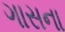
ગાસના